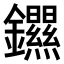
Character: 𫓣